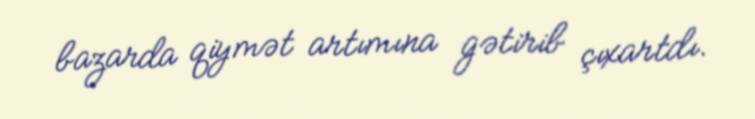
bazarda qiymət artımına gətirib çıxartdı.